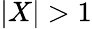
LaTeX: |X|>1